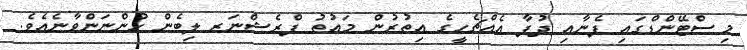
މި ސްޓޭންޑްގައި ފެނާއި ދުފާ އެއްޗެހީގެ އިތުރުން މައުތު ފްރެޝްނަރ ލިބެން ހުންނަންވާނެއެވެ.